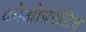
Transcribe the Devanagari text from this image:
कोओपरेटिव